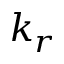
k _ { r }